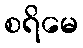
စရိမေ